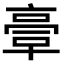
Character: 𠆀